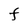
Character: F